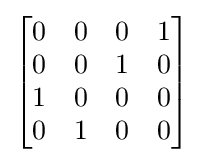
{\begin{bmatrix}0&0&0&1\\0&0&1&0\\1&0&0&0\\0&1&0&0\end{bmatrix}}